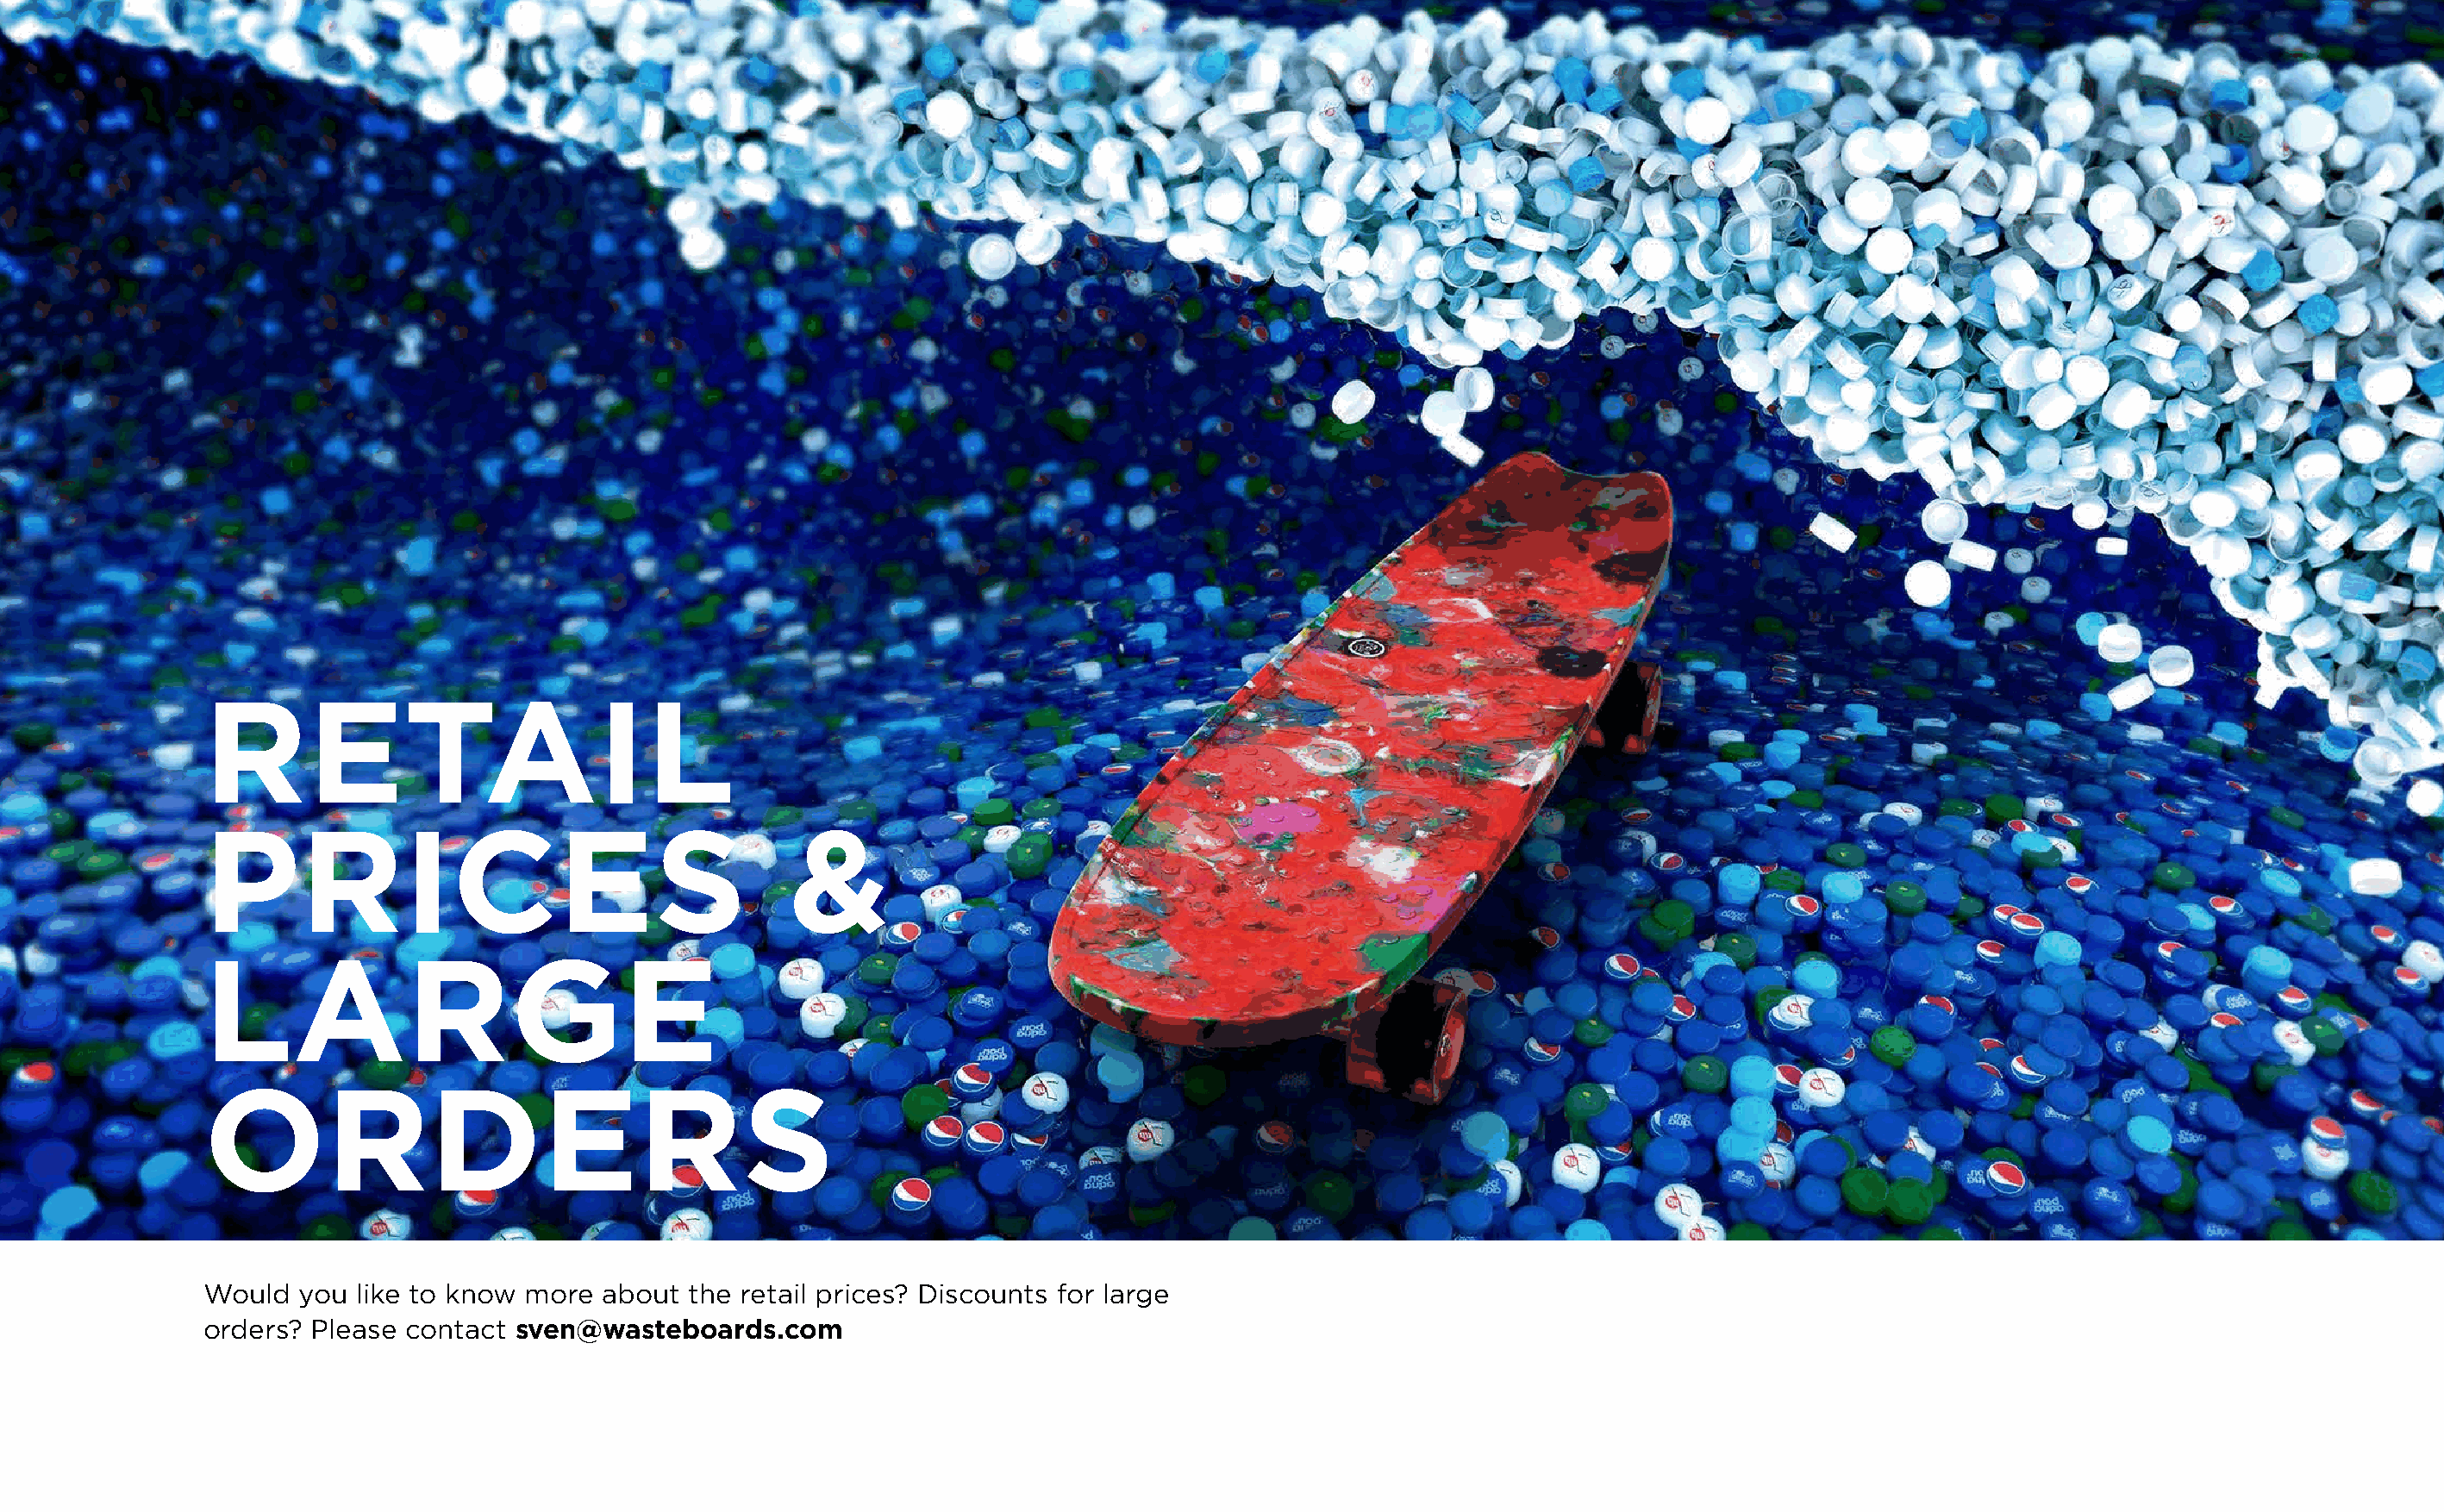
RETAIL
 PRICES                                       &
 LARGE
 ORDERS
 Would  you like to know more  about  the retail prices? Discounts for large
 orders? Please contact  sven@wasteboards.com